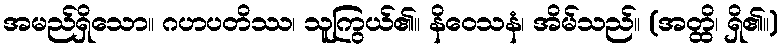
အမည်ရှိသော။ ဂဟပတိဿ၊ သူကြွယ်၏။ နိဝေသနံ၊ အိမ်သည်။ (အတ္ထိ၊ ရှိ၏။)